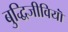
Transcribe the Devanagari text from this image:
बुद्धिजीवियॊं